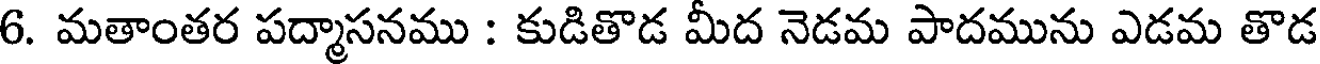
6. మతాంతర పద్మాసనము : కుడితొడ మీద నెడమ పాదమును ఎడమ తొడ